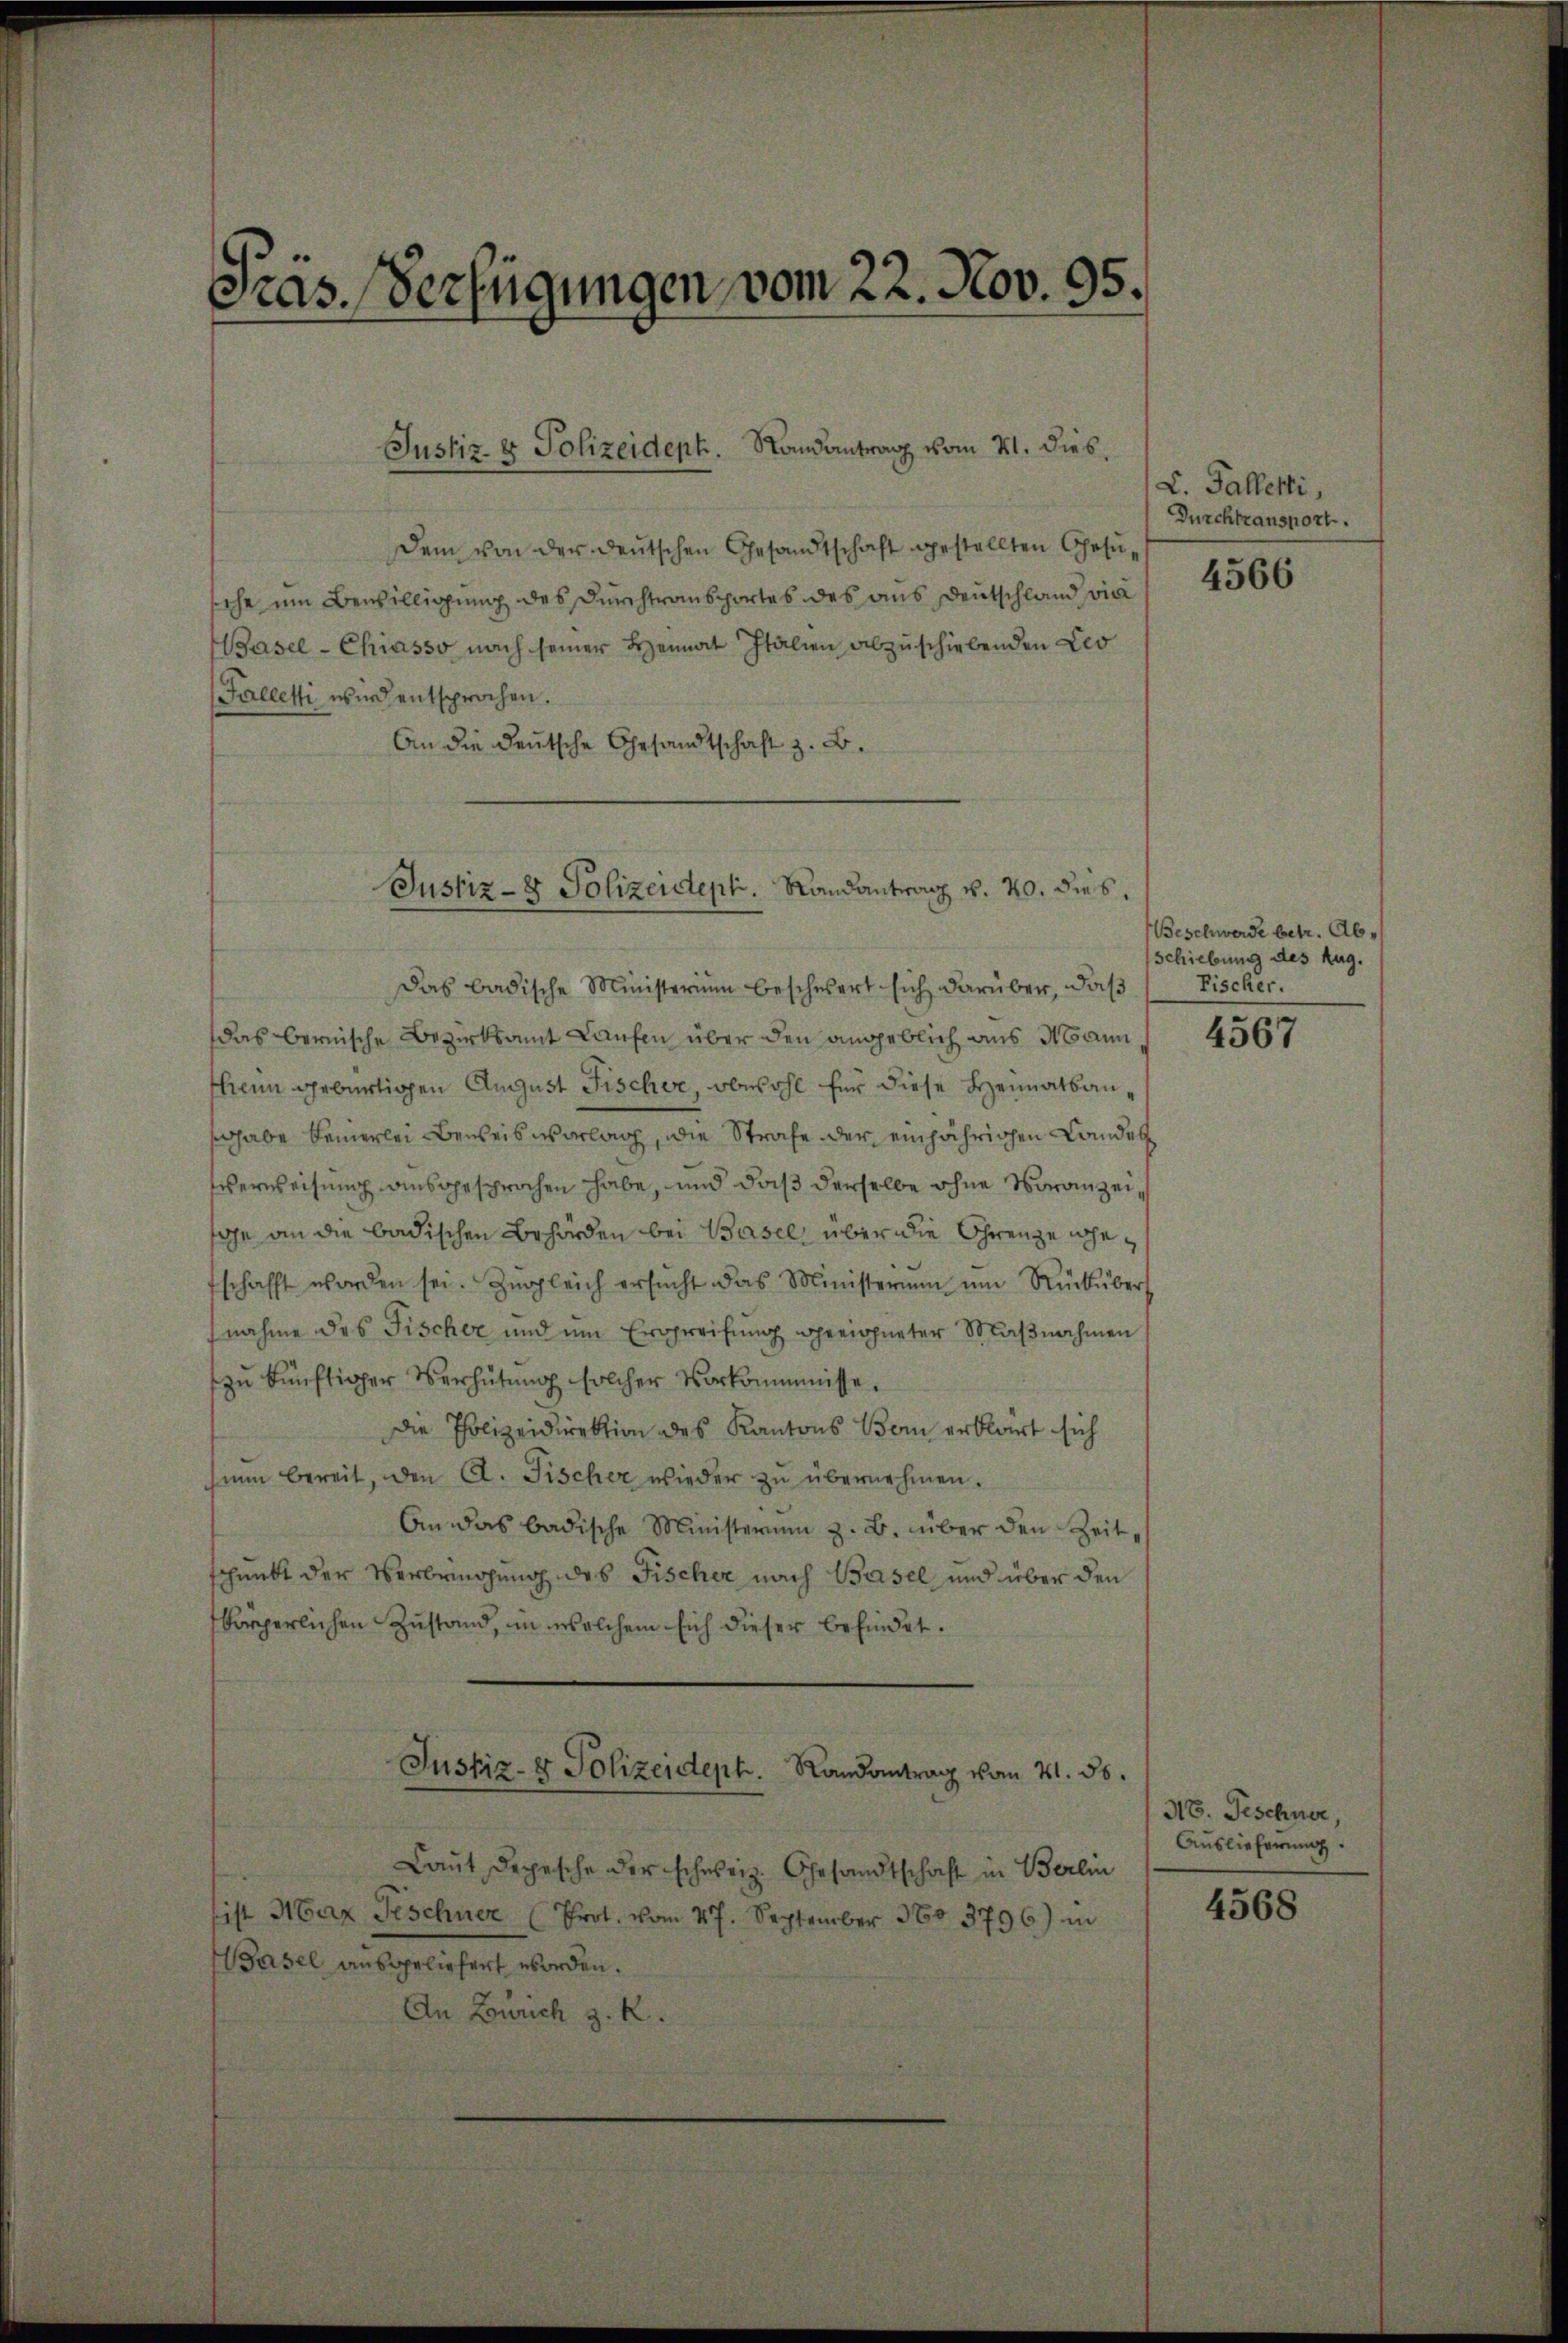
Tras. Verfügungen vom 22. Nov. 95.

Justiz- & Polizeidept. Randantrag vom 21. dies.

dem von der deutschen Gesandtschaft gestellten Gesusehe um Bewilligung des Durchtransportes des aus Deutschland vie
Basel-Chiasso nach seiner Heimat Italien abzuschiebenden Leo
Palletti wird entsprochen.
An die deutsche Gesandtschaft z. B.

Justiz- & Polizeident. Randantrag v. 20. dies

L. Galletti,
Durchtrausnort.

Das badische Ministerium beschwert sich darüber, daß
das bernische Bezirksamt Laufen über den angeblich aus Mann
thenn gebürtigen August Fischer, obwohl für diese Heimatsanshabe Feierlei Beweis vorlag, die Strafe der einjährigen Landel
Eserweisung ausgesprochen habe, und daß derselbe ohne Voranzeisae an die badischen Behörden bei Basel, über die Grenze noche
schafft worden sei. Zŭgleich ersŭcht das Ministerium um Rücküber
nahme des Fischer und um Ergreifung gereichneter Maßnahmen
zu künftiger Verhütung solcher Vorkommnisse.
Die Polizeidirektion des Kantons Bern erklärt sich
sinn bereit, den A. Fischer wieder zŭ übernehmen.
An das badische Ministerium z. B. über den Zeitschenkt der Verbringung des Fischer nach Basel und über den
körperlichen Zustand, in welchem sich dieser befindet.
Justiz- & Polizeideph. Randantrag vom 21. 56.
Laut Depesche der schweiz. Gesandtschaft in Berlin
sist Marx Fischner (Prot. vom 27. September 360. 3796) in
Wasel ausgelichert worden.
An Zürich z. R.

4566

Beschwerde betr. Abschiebung des Zug.
Fischer.

4567

48. Geschner,
Auslieferung.

4568